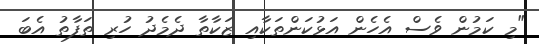
"މި ކަމުން ވެސް އެހެން އަޅުކަންތަކާއި ޒަކާތާ ދެމެދު ހުރި ތަފާތު އެބަ